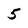
Character: 5